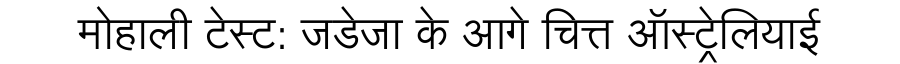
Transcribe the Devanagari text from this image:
मोहाली टेस्ट: जडेजा के आगे चित्त ऑस्ट्रेलियाई